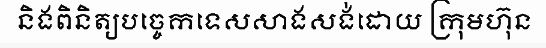
និងពិនិត្យបច្ចេកទេសសាងសង់ដោយ ក្រុមហ៊ុន